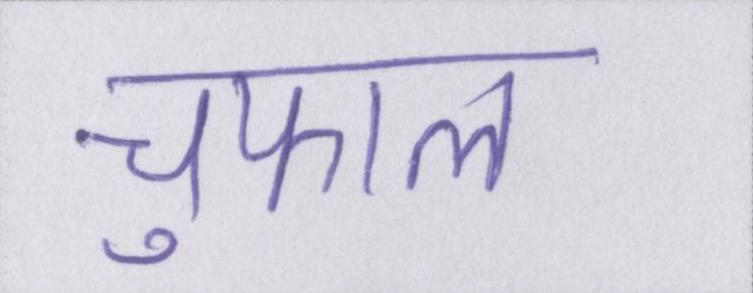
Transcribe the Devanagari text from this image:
चुफाल